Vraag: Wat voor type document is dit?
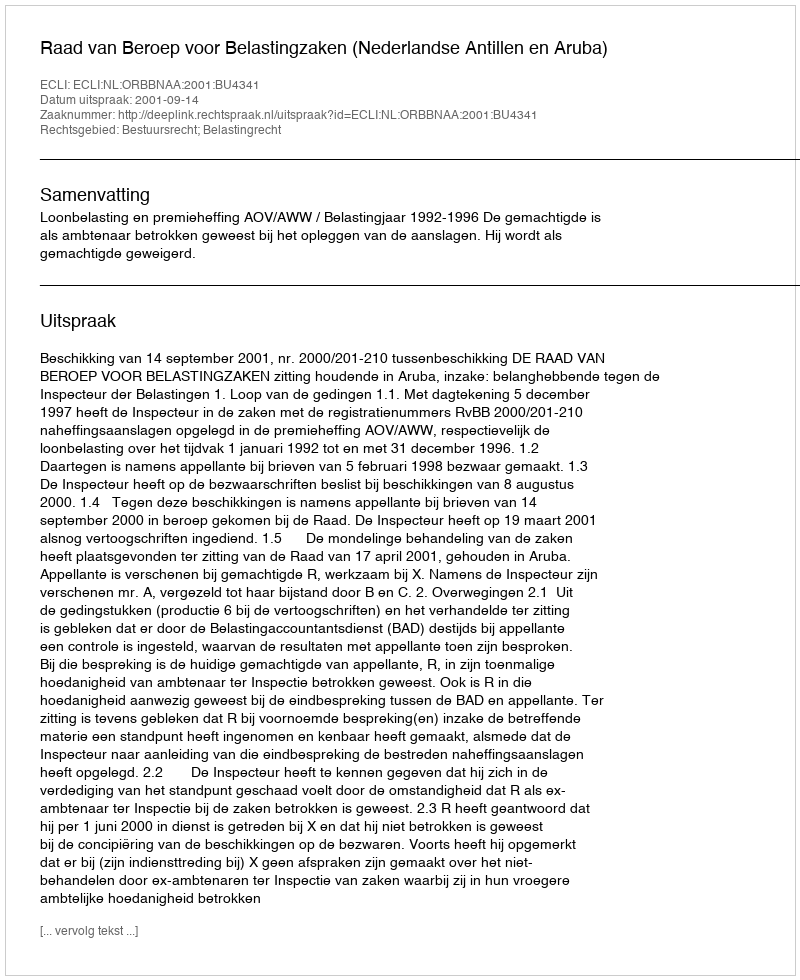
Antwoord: Uitspraak